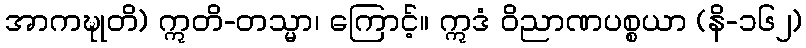
အာကဍ္ဎုတိ) ဣတိ-တသ္မာ၊ ကြောင့်။ ဣဒံ ဝိညာဏပစ္စယာ (နိ-၁၆၂)